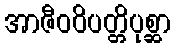
အာဇီဝဝိပတ္တိပုစ္ဆာ